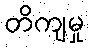
တိကျမှု